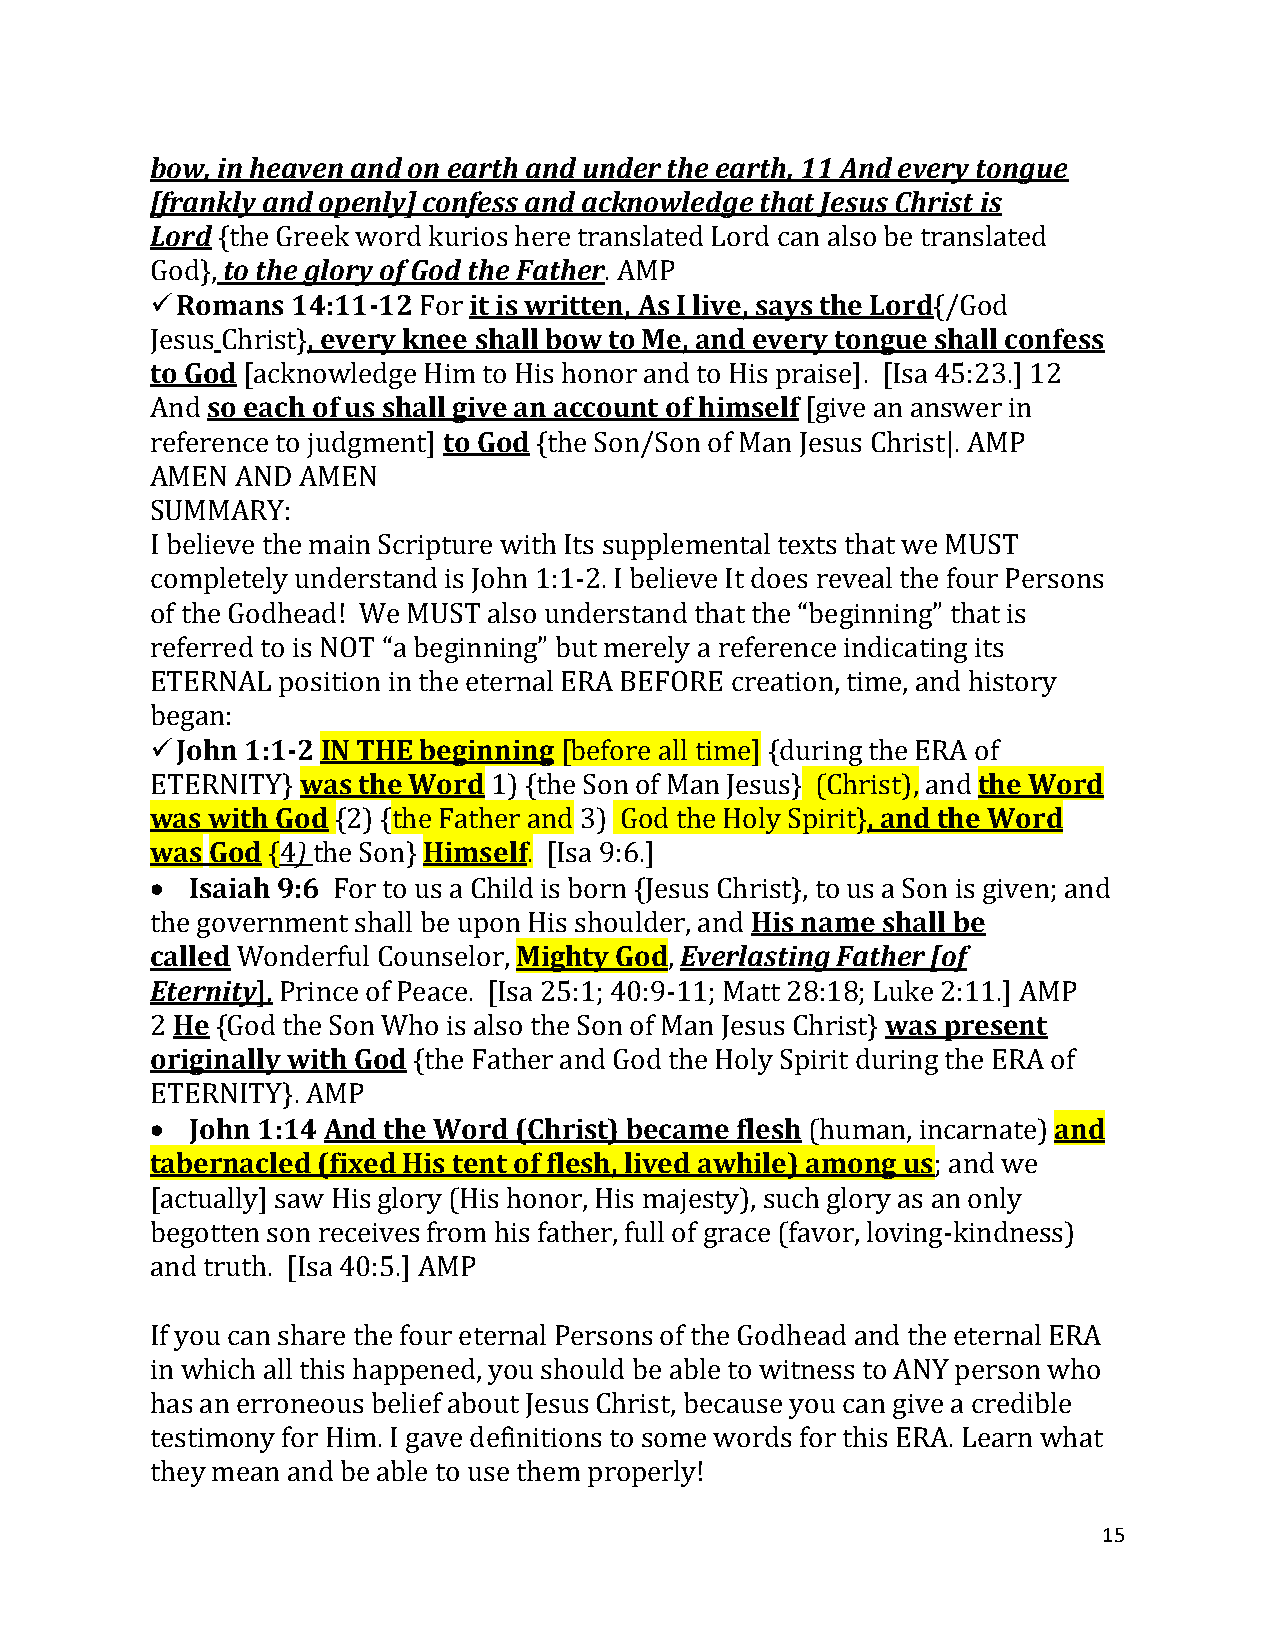
bow, in heaven and on earth and under the earth, 11 And every tongue
 [frankly and openly] confess and acknowledge that Jesus Christ is
 Lord {the Greek word kurios here translated Lord can also be translated
 God}, to the glory of God the Father. AMP
 ✓Romans  14:11-12 For it is written, As I live, says the Lord{/God
 Jesus Christ}, every knee shall bow to Me, and every tongue shall confess
 to God [acknowledge Him to His honor and to His praise]. [Isa 45:23.] 12
 And so each of us shall give an account of himself [give an answer in
 reference to judgment] to God {the Son/Son of Man Jesus Christ|. AMP
 AMEN  AND AMEN
 SUMMARY:
 I believe the main Scripture with Its supplemental texts that we MUST
 completely understand is John 1:1-2. I believe It does reveal the four Persons
 of the Godhead! We MUST also understand that the “beginning” that is
 referred to is NOT “a beginning” but merely a reference indicating its
 ETERNAL position in the eternal ERA BEFORE creation, time, and history
 began:
 ✓John 1:1-2 IN THE beginning [before all time] {during the ERA of
 ETERNITY} was the Word 1) {the Son of Man Jesus} (Christ), and the Word
 was with God {2) {the Father and 3) God the Holy Spirit}, and the Word
 was God {4) the Son} Himself. [Isa 9:6.]
 •  Isaiah 9:6 For to us a Child is born {Jesus Christ}, to us a Son is given; and
 the government shall be upon His shoulder, and His name shall be
 called Wonderful Counselor, Mighty God, Everlasting Father [of
 Eternity], Prince of Peace. [Isa 25:1; 40:9-11; Matt 28:18; Luke 2:11.] AMP
 2 He {God the Son Who is also the Son of Man Jesus Christ} was present
 originally with God {the Father and God the Holy Spirit during the ERA of
 ETERNITY}. AMP
 •  John 1:14 And the Word (Christ) became flesh (human, incarnate) and
 tabernacled (fixed His tent of flesh, lived awhile) among us; and we
 [actually] saw His glory (His honor, His majesty), such glory as an only
 begotten son receives from his father, full of grace (favor, loving-kindness)
 and truth. [Isa 40:5.] AMP
 If you can share the four eternal Persons of the Godhead and the eternal ERA
 in which all this happened, you should be able to witness to ANY person who
 has an erroneous belief about Jesus Christ, because you can give a credible
 testimony for Him. I gave definitions to some words for this ERA. Learn what
 they mean and be able to use them properly!
 15